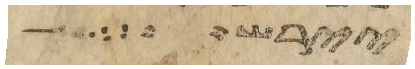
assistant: יירש